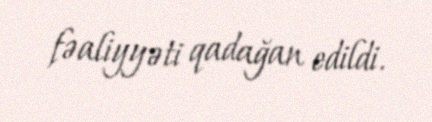
fəaliyyəti qadağan edildi.